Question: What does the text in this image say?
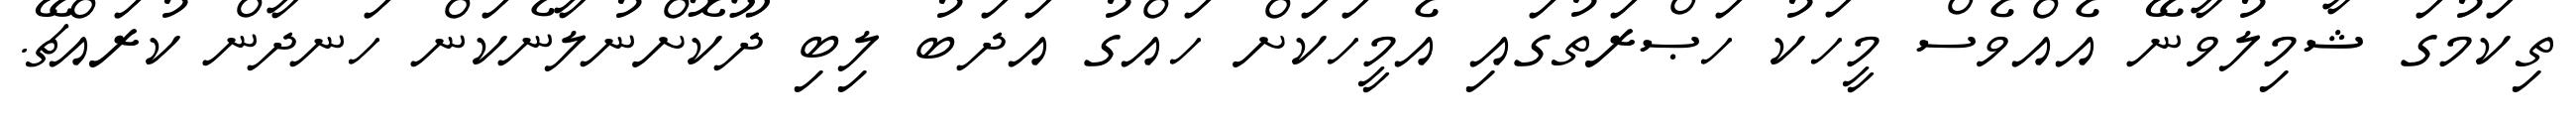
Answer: ތިކަމުގަ ޝާމިލުވާނޭ އެއްވެސް މީހަކު ހަޞްރަތުގައި އެމީހަކަށް ހައްގު އަދަބު ލިބި ދޫކޮށްނުލާނެކަން ހަނދާން ކުރައްޗޭ.